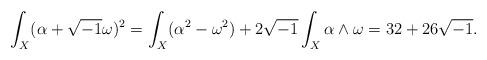
LaTeX: \begin{align*}\int_{X}(\alpha+\sqrt{-1}\omega)^{2}= \int_{X}(\alpha^{2}-\omega^{2})+2\sqrt{-1}\int_{X}\alpha\wedge\omega= 32+26\sqrt{-1}.\end{align*}